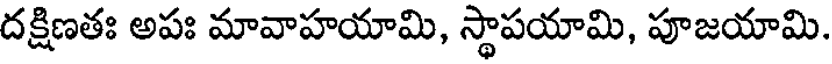
దక్షిణతః అపః మావాహయామి, స్థాపయామి, పూజయామి.